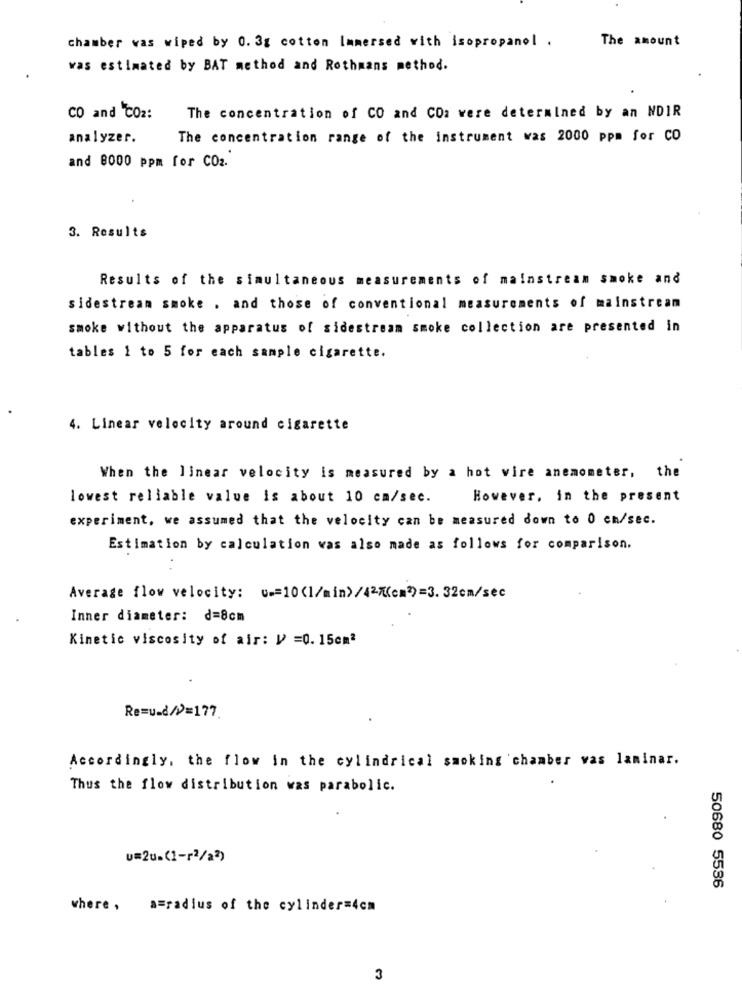
chamber was wiped by 0. 3g cotton Immersed with isopropanol .
The amount
was estimated by BAT method and Rothmans method.
CO and CO2:
The concentration of CO and COa were determined by an NDIR
analyzer.
The concentration range of the instrument was 2000 ppm for CO
and 8000 ppm for CO2.
3. Results
Results of the simultaneous measurements of mainstream smoke and
sidestream smoke , and those of conventional measurements of mainstream
smoke without the apparatus of sidestream smoke collection are presented in
tables 1 to 5 for each sample cigarette.
4. Linear velocity around cigarette
When the linear velocity is measured by a hot wire anemometer, the
lowest reliable value is about 10 cm/sec.
However, in the present
experiment, we assumed that the velocity can be measured down to 0 cm/sec.
Estimation by calculation was also made as follows for comparison.
Average flow velocity: w == 10(1/min) /42/(cm2)=3. 32cm/sec
Inner diameter: d=8cm
Kinetic viscosity of air: V =0.15cm2
Re=u_d/>>=177.
Accordingly, the flow in the cylindrical smoking chamber vas laminar.
Thus the flow distribution was parabolic.
u=2u=(1-r2/22)
50680 5536
where , a=radius of the cylinder=4cm
3